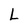
Character: L